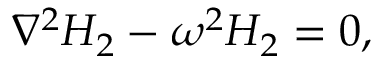
\nabla ^ { 2 } H _ { 2 } - \omega ^ { 2 } H _ { 2 } = 0 ,